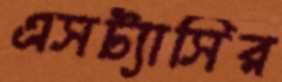
এসট্যাসির